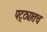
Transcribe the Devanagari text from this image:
पट्ट्यातच